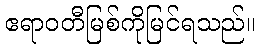
ဧရာဝတီမြစ်ကိုမြင်ရသည်။